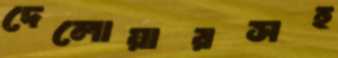
দেলোয়ারসহ